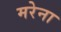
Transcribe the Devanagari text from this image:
मरेना